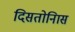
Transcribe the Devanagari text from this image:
दिसतोनिास